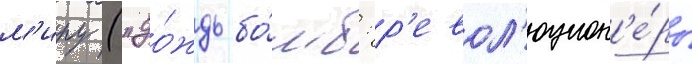
м'иру ("до́ждь бо́мб: р'евол'юцион'е́ры